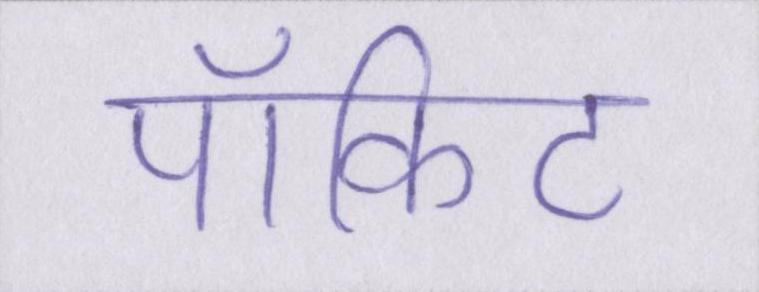
पॉकिट